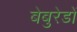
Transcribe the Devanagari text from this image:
बेबुरेडों